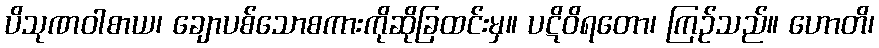
ပိသုဏဝါစာယ၊ ချောပစ်သောစကားကိုဆိုခြထင်းမှ။ ပဋိဝိရတော၊ ကြဉ်သည်။ ဟောတိ၊